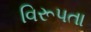
વિરૂપતા